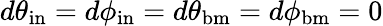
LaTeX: d\theta_{\mathrm{in}}=d\phi_{\mathrm{in}}=d\theta_{\mathrm{bm}}=d\phi_{\mathrm{bm}}=0